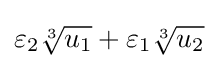
\varepsilon _{2}{\sqrt[{3}]{u_{1}}}+\varepsilon _{1}{\sqrt[{3}]{u_{2}}}